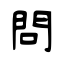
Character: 問